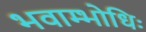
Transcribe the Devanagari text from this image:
भवाम्भोधिः